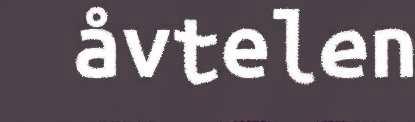
åvtelen